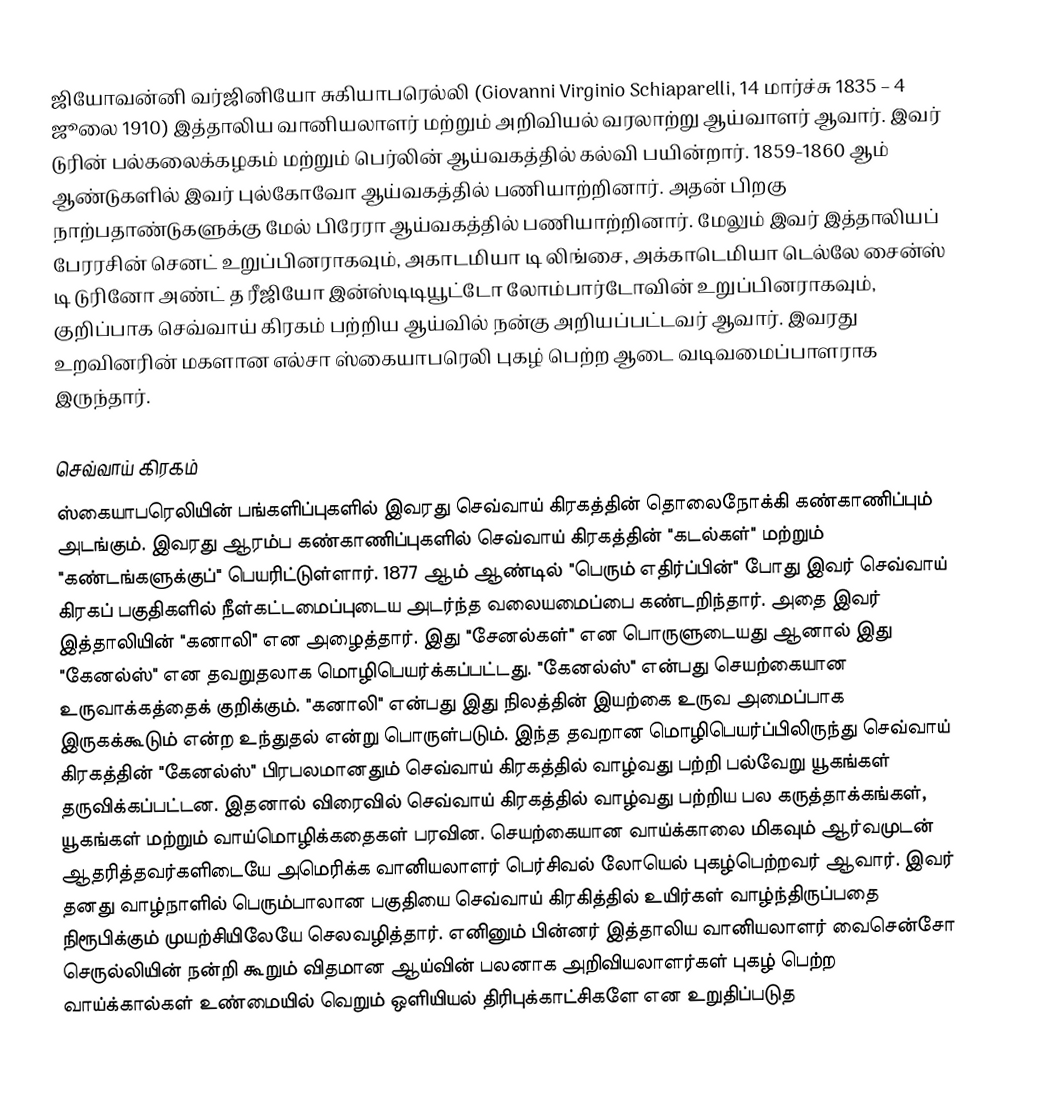
ஜியோவன்னி வர்ஜினியோ சுகியாபரெல்லி (Giovanni Virginio Schiaparelli, 14 மார்ச்சு 1835 – 4 ஜூலை 1910) இத்தாலிய வானியலாளர் மற்றும் அறிவியல் வரலாற்று ஆய்வாளர் ஆவார். இவர் டுரின் பல்கலைக்கழகம் மற்றும் பெர்லின் ஆய்வகத்தில் கல்வி பயின்றார். 1859-1860 ஆம் ஆண்டுகளில் இவர் புல்கோவோ ஆய்வகத்தில் பணியாற்றினார். அதன் பிறகு நாற்பதாண்டுகளுக்கு மேல் பிரேரா ஆய்வகத்தில் பணியாற்றினார். மேலும் இவர் இத்தாலியப் பேரரசின் செனட் உறுப்பினராகவும், அகாடமியா டி லிங்சை, அக்காடெமியா டெல்லே சைன்ஸ் டி டுரினோ அண்ட் த ரீஜியோ இன்ஸ்டிடியூட்டோ லோம்பார்டோவின் உறுப்பினராகவும், குறிப்பாக செவ்வாய் கிரகம் பற்றிய ஆய்வில் நன்கு அறியப்பட்டவர் ஆவார். இவரது உறவினரின் மகளான எல்சா ஸ்கையாபரெலி புகழ் பெற்ற ஆடை வடிவமைப்பாளராக இருந்தார்.

செவ்வாய் கிரகம்
ஸ்கையாபரெலியின் பங்களிப்புகளில் இவரது செவ்வாய் கிரகத்தின் தொலைநோக்கி கண்காணிப்பும் அடங்கும். இவரது ஆரம்ப கண்காணிப்புகளில் செவ்வாய் கிரகத்தின் "கடல்கள்" மற்றும் "கண்டங்களுக்குப்" பெயரிட்டுள்ளார். 1877 ஆம் ஆண்டில் "பெரும் எதிர்ப்பின்" போது இவர் செவ்வாய் கிரகப் பகுதிகளில் நீள்கட்டமைப்புடைய அடர்ந்த வலையமைப்பை கண்டறிந்தார். அதை இவர் இத்தாலியின் "கனாலி" என அழைத்தார். இது "சேனல்கள்" என பொருளுடையது ஆனால் இது "கேனல்ஸ்" என தவறுதலாக மொழிபெயர்க்கப்பட்டது. "கேனல்ஸ்" என்பது செயற்கையான உருவாக்கத்தைக் குறிக்கும். "கனாலி" என்பது இது நிலத்தின் இயற்கை உருவ அமைப்பாக இருகக்கூடும் என்ற உந்துதல் என்று பொருள்படும். இந்த தவறான மொழிபெயர்ப்பிலிருந்து செவ்வாய் கிரகத்தின் "கேனல்ஸ்" பிரபலமானதும் செவ்வாய் கிரகத்தில் வாழ்வது பற்றி பல்வேறு யூகங்கள் தருவிக்கப்பட்டன. இதனால் விரைவில் செவ்வாய் கிரகத்தில் வாழ்வது பற்றிய பல கருத்தாக்கங்கள், யூகங்கள் மற்றும் வாய்மொழிக்கதைகள் பரவின. செயற்கையான வாய்க்காலை மிகவும் ஆர்வமுடன் ஆதரித்தவர்களிடையே அமெரிக்க வானியலாளர் பெர்சிவல் லோயெல் புகழ்பெற்றவர் ஆவார். இவர் தனது வாழ்நாளில் பெரும்பாலான பகுதியை செவ்வாய் கிரகித்தில் உயிர்கள் வாழ்ந்திருப்பதை நிரூபிக்கும் முயற்சியிலேயே செலவழித்தார். எனினும் பின்னர் இத்தாலிய வானியலாளர் வைசென்சோ செருல்லியின் நன்றி கூறும் விதமான ஆய்வின் பலனாக அறிவியலாளர்கள் புகழ் பெற்ற வாய்க்கால்கள் உண்மையில் வெறும் ஒளியியல் திரிபுக்காட்சிகளே என உறுதிப்படுத